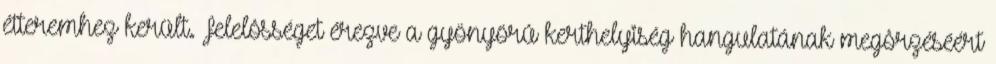
étteremhez került. Felelôsséget érezve a gyönyörû kerthelyiség hangulatának megôrzéséért